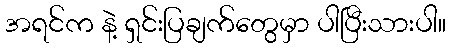
အရင်က နဲ့ ရှင်းပြချက်တွေမှာ ပါပြီးသားပါ။